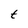
Character: t